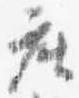
座